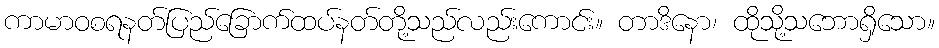
ကာမာဝစရနတ်ပြည်ခြောက်ထပ်နတ်တို့သည်လည်းကောင်း။ တာဒိနော၊ ထိုသို့သဘောရှိသော။